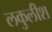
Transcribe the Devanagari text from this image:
लकुलीश